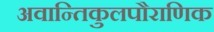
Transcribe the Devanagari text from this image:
अवान्तिकुलपौराणिक